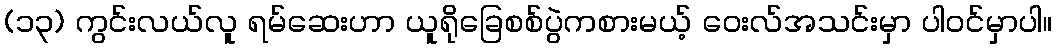
(၁၃) ကွင်းလယ်လူ ရမ်ဆေးဟာ ယူရိုခြေစစ်ပွဲကစားမယ့် ဝေးလ်အသင်းမှာ ပါဝင်မှာပါ။